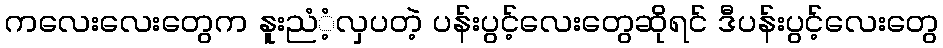
ကလေးလေးတွေက နူးညံံ့လှပတဲ့ ပန်းပွင့်လေးတွေဆိုရင် ဒီပန်းပွင့်လေးတွေ